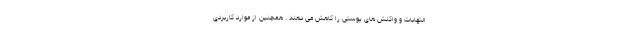
التهابات و واکنش های پوستی را کاهش می دهند . همچنین از موارد کاربردی